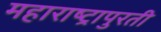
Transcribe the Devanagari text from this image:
महाराष्ट्रापुरती